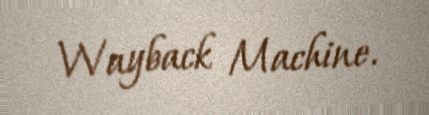
Wayback Machine.